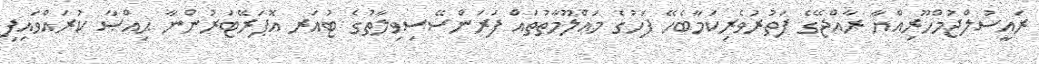
ރައީސުލްޖުމްހޫރިއްޔާ ރާއްޖޭގެ ފަތުރުވެރިކަމާބެހޭ ފަހުގެ މަޢްލޫމާތުތައް ފަރަންސޭސިވިލާތުގެ ޓުއަރ އޮޕަރޭޓަރުންނާ ޙިއްޞާ ކުރައްވައިފި